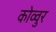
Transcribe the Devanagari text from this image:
कोव्वुर